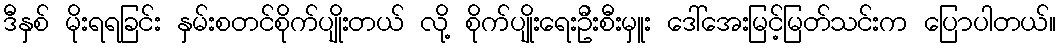
ဒီနှစ် မိုးရရခြင်း နှမ်းစတင်စိုက်ပျိုးတယ် လို့ စိုက်ပျိုးရေးဦးစီးမှူး ဒေါ်အေးမြင့်မြတ်သင်းက ပြောပါတယ်။